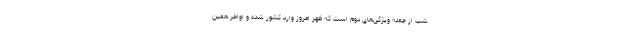
شب از جمله ویژگی‌های دوم است که ظهر امروز وارد کشور شده و اواخر همین